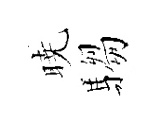
暁騶